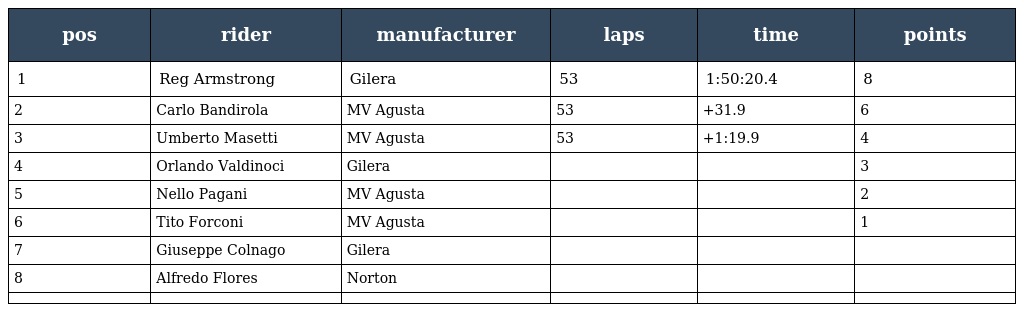
| pos | rider | manufacturer | laps | time | points |
 | --- | --- | --- | --- | --- | --- |
 | 1 | Reg Armstrong | Gilera | 53 | 1:50:20.4 | 8 |
 | 2 | Carlo Bandirola | MV Agusta | 53 | +31.9 | 6 |
 | 3 | Umberto Masetti | MV Agusta | 53 | +1:19.9 | 4 |
 | 4 | Orlando Valdinoci | Gilera |  |  | 3 |
 | 5 | Nello Pagani | MV Agusta |  |  | 2 |
 | 6 | Tito Forconi | MV Agusta |  |  | 1 |
 | 7 | Giuseppe Colnago | Gilera |  |  |  |
 | 8 | Alfredo Flores | Norton |  |  |  |
 |  |  |  |  |  |  |